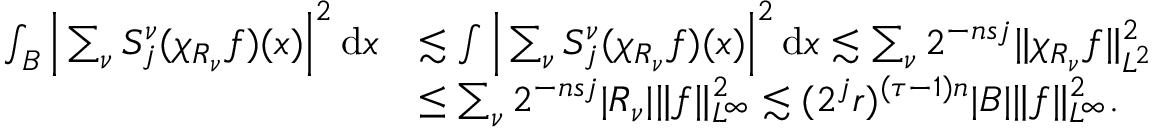
\begin{array} { r l } { ∫ _ { B } \Big | \sum _ { \nu } S _ { j } ^ { ν } ( χ _ { R _ { ν } } f ) ( x ) \Big | ^ { 2 } \, \mathrm { d } x } & { \lesssim ∫ \Big | \sum _ { \nu } S _ { j } ^ { ν } ( χ _ { R _ { ν } } f ) ( x ) \Big | ^ { 2 } \, \mathrm { d } x \lesssim \sum _ { \nu } 2 ^ { - n s j } \| χ _ { R _ { ν } } f \| _ { L ^ { 2 } } ^ { 2 } } \\ & { ≤ \sum _ { \nu } 2 ^ { - n s j } | R _ { ν } | \| f \| _ { L ^ { ∞ } } ^ { 2 } \lesssim ( 2 ^ { j } r ) ^ { ( τ - 1 ) n } | B | \| f \| _ { L ^ { ∞ } } ^ { 2 } . } \end{array}